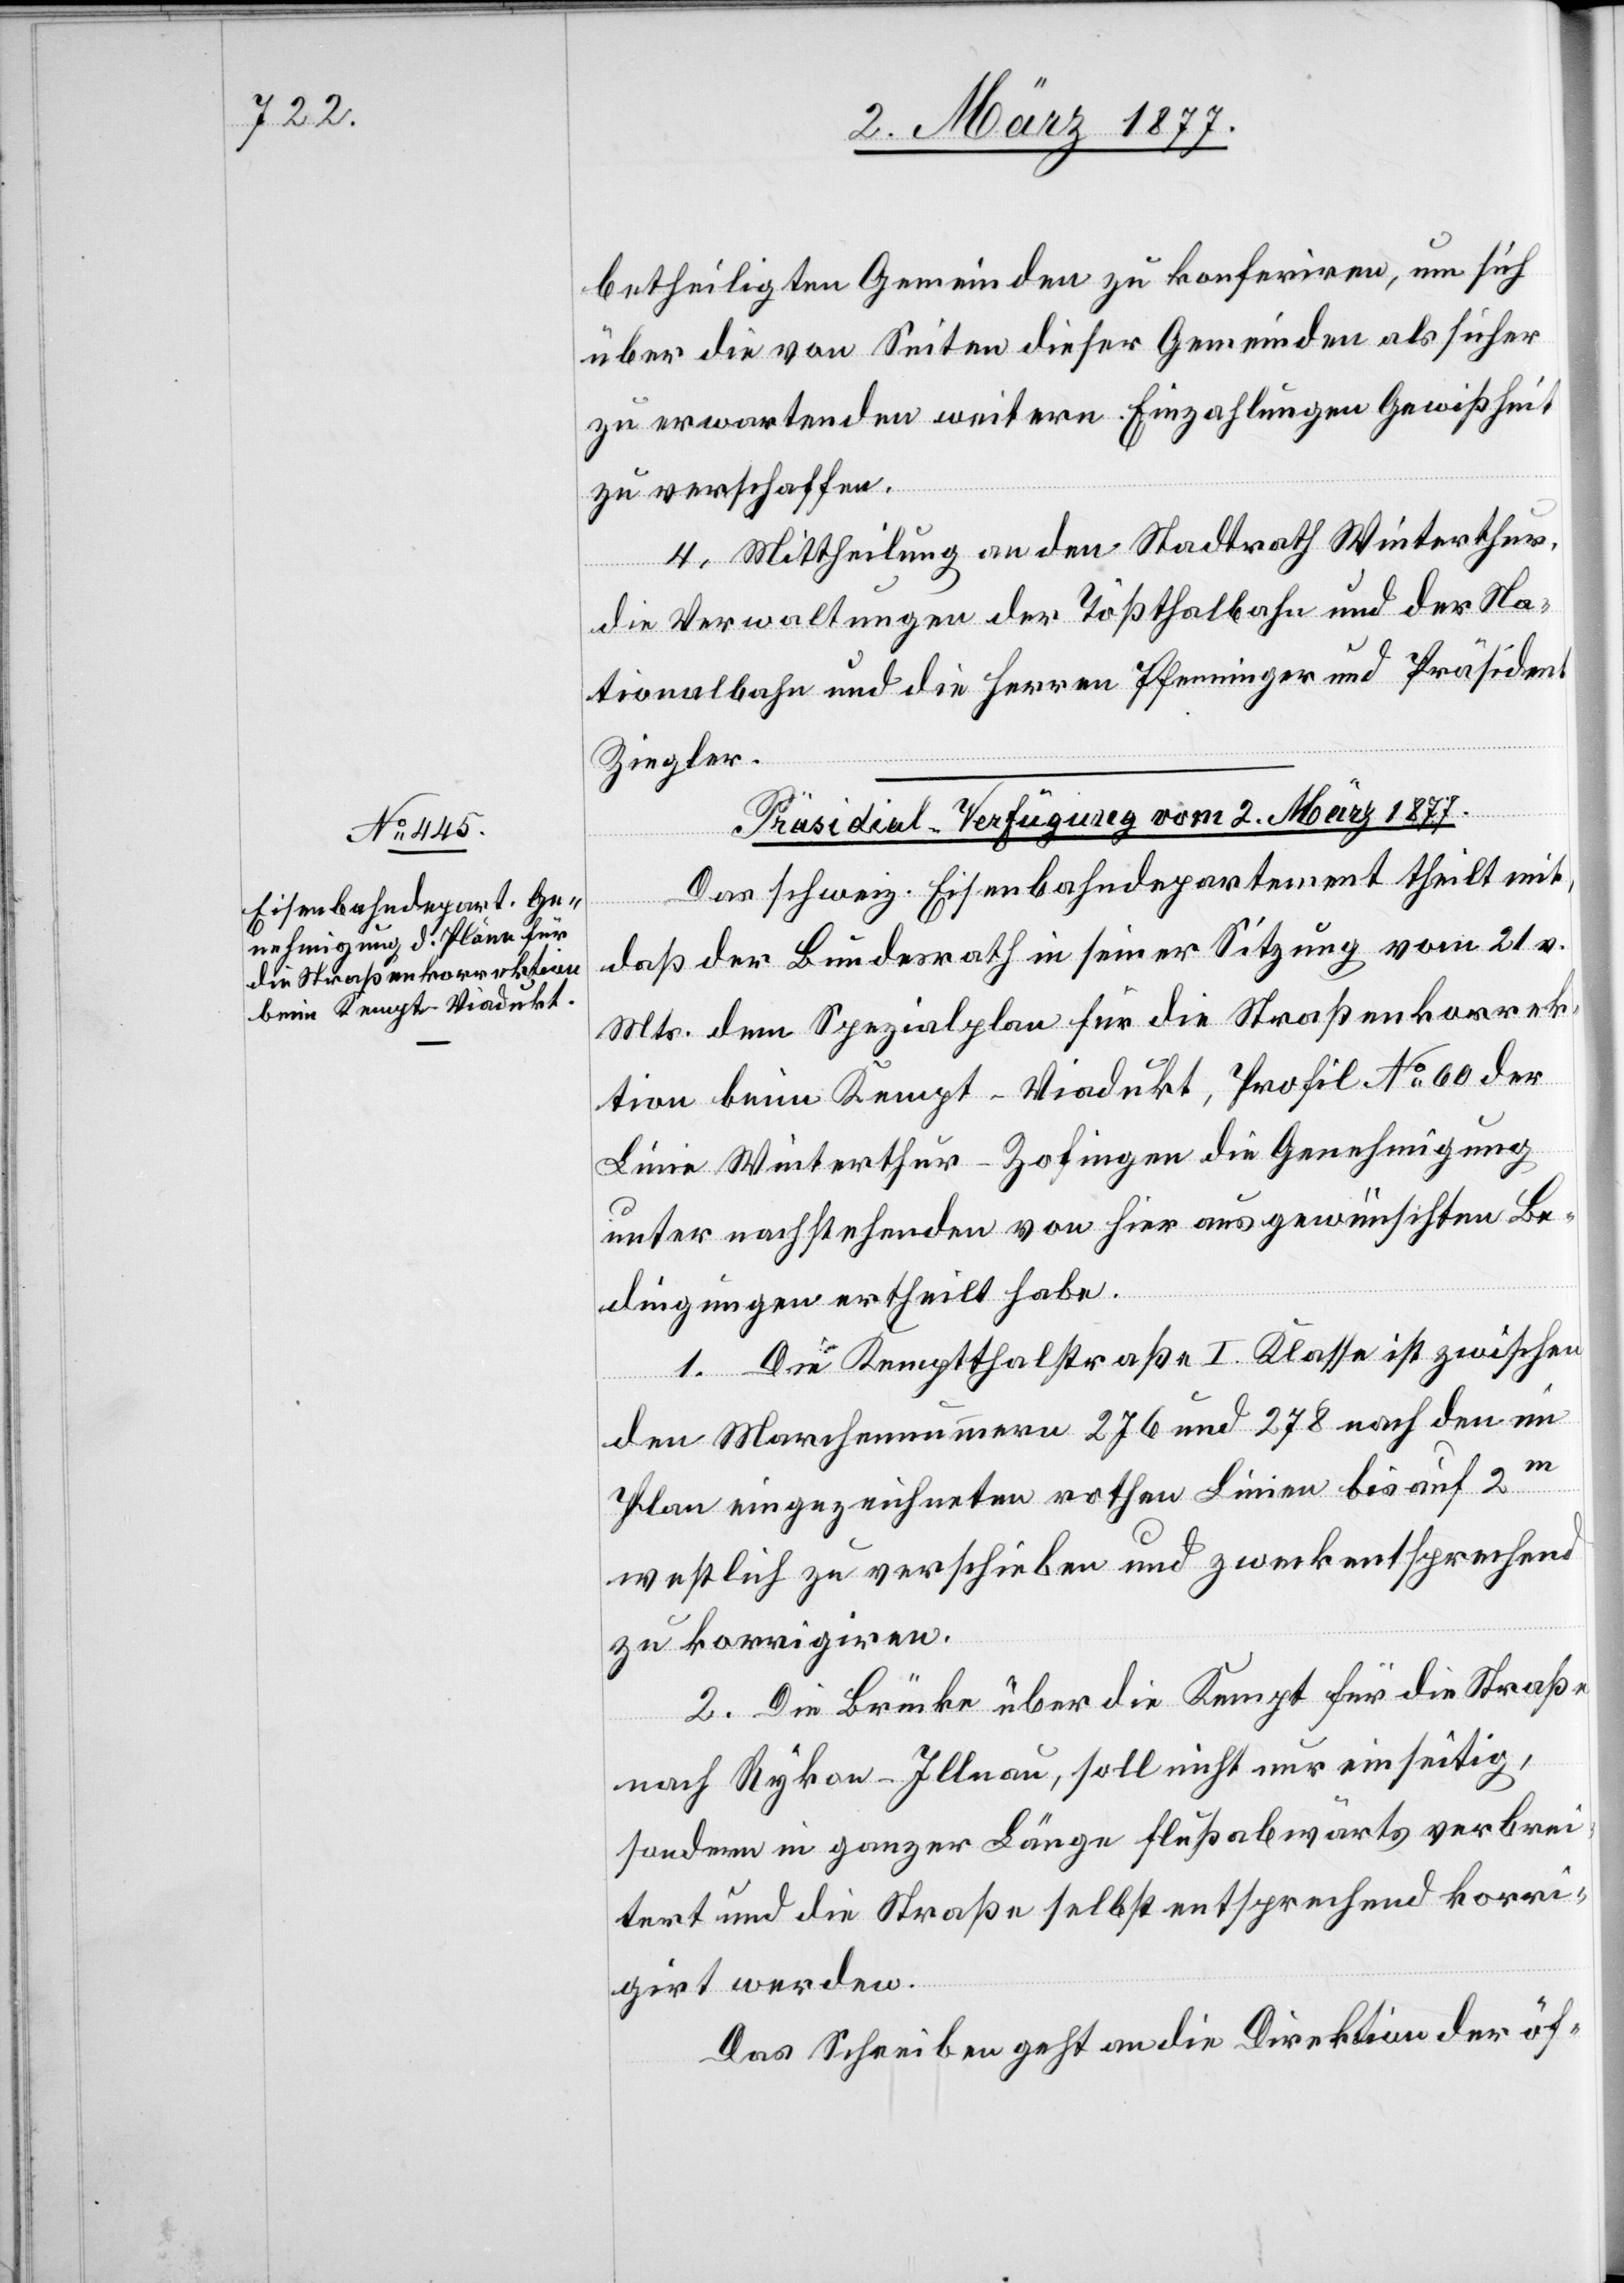
betheiligten Gemeinden zu konferiren, um sich
über die von Seiten dieser Gemeinden als sicher
zu erwartenden weitern Einzahlungen Gewißheit
zu verschaffen.
4. Mittheilung an den Stadtrath Winterthur,
die Verwaltungen der Tößthalbahn und der Na¬
tionalbahn und die Herren Pfenninger und Präsident
Ziegler.
Präsidial-Verfügung vom 2. März 1877.
Das schweiz. Eisenbahndepartement theilt mit,
daß der Bundesrath in seiner Sitzung vom 21. v.
Mts. dem Spezialplan für die Straßenkorrek¬
tion beim Kempt-Viadukt, Profil No 60 der
Linie Winterthur–Zofingen die Genehmigung
unter nachstehenden von hier aus gewünschten Be¬
dingungen ertheilt habe.
1. Die Kemptthalstraße I. Klasse ist zwischen
den Marchennummern 276 und 278 nach den im
Plan eingezeichneten rothen Linien bis auf 2m
westlich zu verschieben und zweckentsprechend
zu korrigiren.
2. Die Brücke über die Kempt für die Straße
nach Rykon - Illnau, soll nicht nur einseitig,
sondern in ganzer Länge flußabwärts verbrei¬
tert und die Straße selbst entsprechend korri¬
girt werden.
Das Schreiben geht an die Direktion der öf-